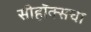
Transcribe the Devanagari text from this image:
सीहॉक्सचा